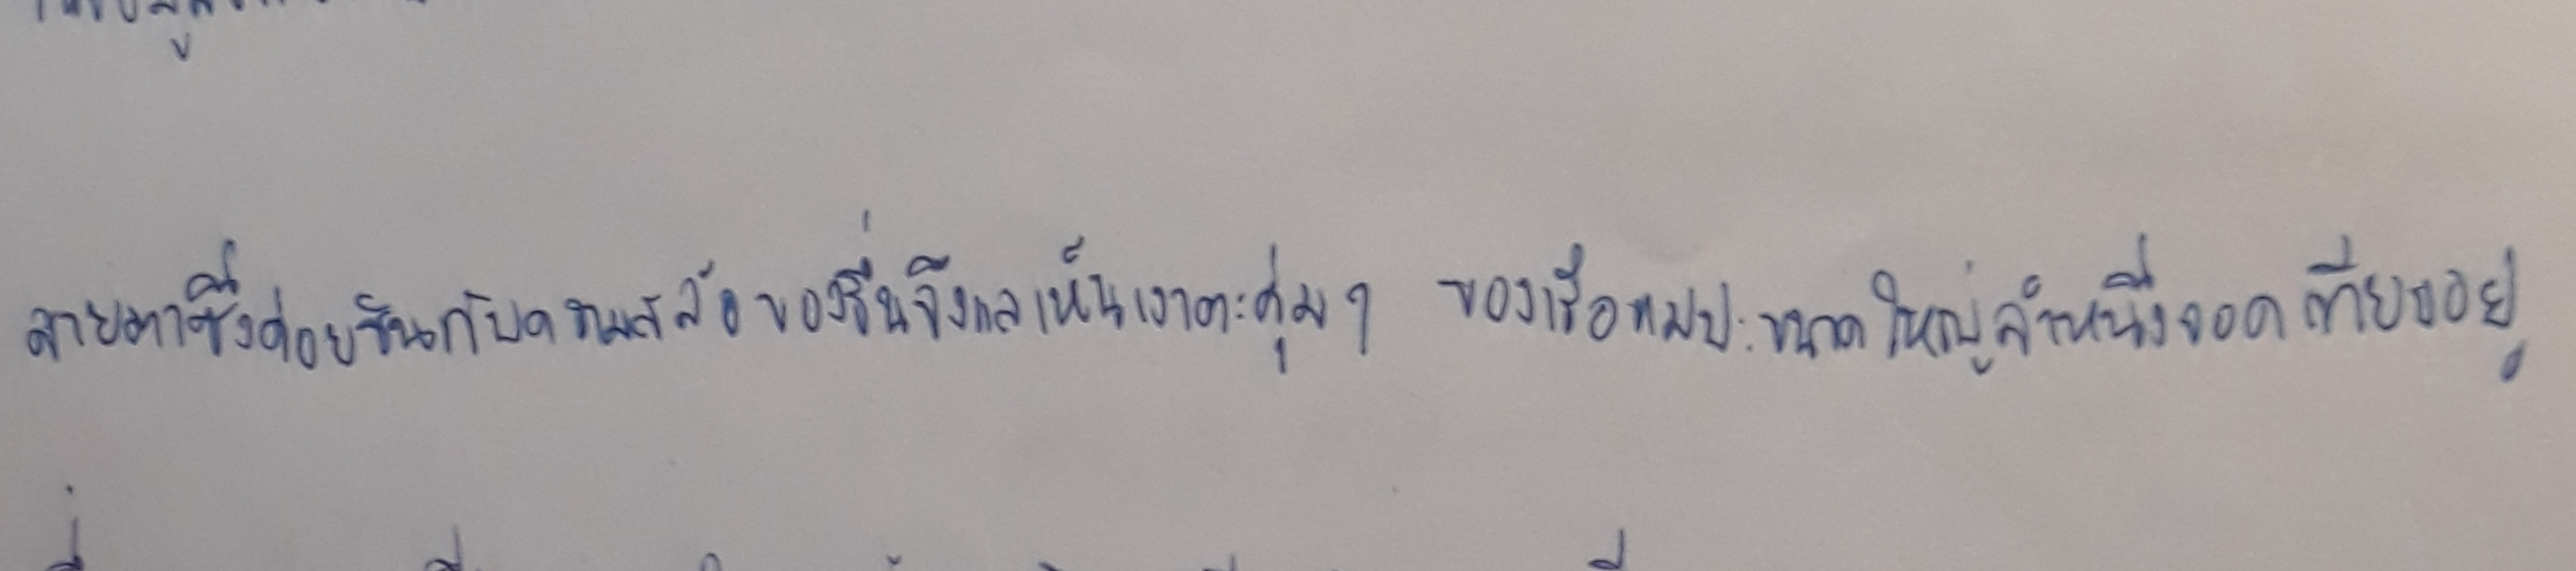
สายตาซึ่งค่อยชินกับความสลัวของรื่นจึงแลเห็นเงาตะคุ่มๆของเรือแม่ปะขนาดใหญ่ลำหนึ่งจอดเทียบอยู่